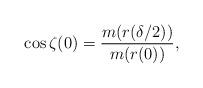
LaTeX: \begin{align*}\cos \zeta(0) = \frac{m(r(\delta/2))}{m(r(0))}, \end{align*}